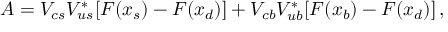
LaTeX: A = V _ { c s } V _ { u s } ^ { * } [ F ( x _ { s } ) - F ( x _ { d } ) ] + V _ { c b } V _ { u b } ^ { * } [ F ( x _ { b } ) - F ( x _ { d } ) ] \, ,